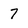
Character: 7